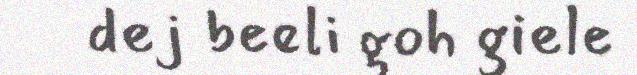
dej beeli goh giele